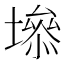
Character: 𡑐